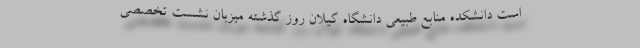
است دانشکده منابع طبیعی دانشگاه گیلان روز گذشته میزبان نشست تخصصی